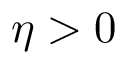
\eta > 0